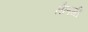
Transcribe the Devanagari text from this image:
तैलगी